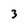
Character: 3